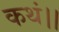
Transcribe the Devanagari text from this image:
कथं।।